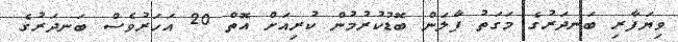
ވިޔަފާރި ބަނދަރުގެ މަގަތު ފާލަން ބޮޑުކުރުމުން ކުރިއަށް އޮތް 20 އަހަރުވެސް ބަނދަރުގެ